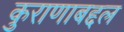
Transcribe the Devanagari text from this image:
कुराणाबद्दल